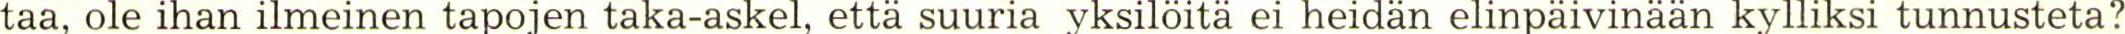
taa, ole ihan ilmeinen tapojen taka-askel, että suuria yksilöitä ei heidän elinpäivinään kylliksi tunnusteta?